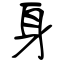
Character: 身